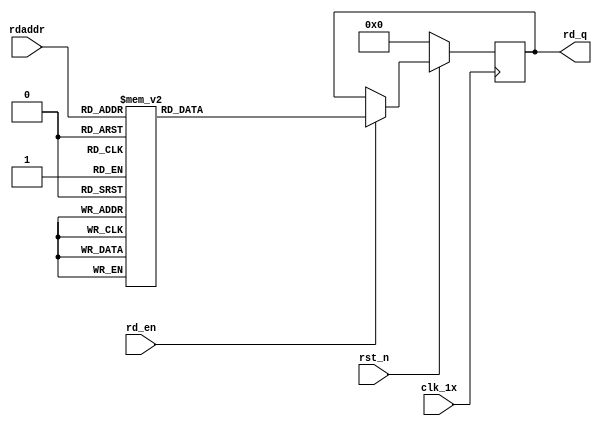

`timescale 1ns / 1ps
module F_normal_t10_next_Rom6(
input	          							clk_1x,
input	          							rst_n,
//////////////////////////////////////////////////////////////
input										rd_en,
input				[4:0]				rdaddr,
output		reg			[159:0]				rd_q
);

always @(posedge clk_1x)begin
	if(~rst_n)begin
		rd_q <= 160'b0;
	end
	else if(rd_en == 1'b1)begin
		case(rdaddr)
			5'h13: rd_q <= 160'b0011100111100001100110100100000101111110001001101110100100010011101010110010101011001101110000110101010101000101011010111001101100011110100001011111011100100001;
			5'h12: rd_q <= 160'b0011111010100000100110111111110110011110010111000111000010011101001101100000010011001011101110011101011111000100111001011010100111111001100100000101010001100110;
			5'h11: rd_q <= 160'b1010010100000000000010101000110001011111011000101000101110110101101100001110110011000100011001100111110010000001000100110110011100001011000100110101111100110011;
			5'h10: rd_q <= 160'b1101101110011100100010000001110011011101111001011000001010011110111000111011011110010010110001000111110000011011101111101110110110000001010011101101110011101010;
			5'h0f: rd_q <= 160'b1011100000000110101101100000010100111010001100111100111111011001100010010010110111000101111000100000011001111001111000010101100110111111010001110001101101111011;
			5'h0e: rd_q <= 160'b0111100011010100100010010010101101101100011110010011001001101111110000110101000001101011111000111101000100010010110000100110110000011110011101010000000000101001;
			5'h0d: rd_q <= 160'b1101100101100111110001111110101100001100110101011000101100001000111001101100011110000110000100101010001001010101000111000110110001110100100001110111100000010101;
			5'h0c: rd_q <= 160'b0011101000001101001010110100100011011000001010001010011110100000100100110100111001110110000000001011000111110101100101110111111111110011010000111101001110101001;
			5'h0b: rd_q <= 160'b0101000010000011110000110101010011101111101001010101000101101010111010010111110110000110010110011011100111111001101011110000011011010000010110101110011011000000;
			5'h0a: rd_q <= 160'b1100110100100101001100000101000000010100010010010110101101011101010010100111011001101100111110111101110100010011100001111000111101101010011110001010011011100011;
			5'h09: rd_q <= 160'b1100101011000000011101101000010110110001101101100011100000000000111100110101000001001011101001100011111010100011101001101111111010011111110010011010001000010011;
			5'h08: rd_q <= 160'b0111000000111100001000100011101000110100111111101111111100100111011001100010010010110111100010001111101010100110110111010110100001000010001001101000010000010000;
			5'h07: rd_q <= 160'b1101110000110001010101000001001011001010100010101010000110001101111111111110010001110110000000001101001101001001010100100111101011110010000011001100111110000001;
			5'h06: rd_q <= 160'b0001110000101100111111000111010010101101110110011111111000101000010110000110101010000010100101111010101001110001111111001001111111110101101100001111011101011111;
			5'h05: rd_q <= 160'b1010000001111100111111011011100100000001010101101010001101110011010101000000010000101110111000010100100011001011010111000111011110111111110010001001101110000000;
			5'h04: rd_q <= 160'b1000100100000110101000011110000000111001110001011101110101010100101100111011111000011010011110000001100110000100100111110110001111000000100011110110000010011101;
			5'h03: rd_q <= 160'b0101010001111101111111100011011010101011010000101001100001001111101000110101101000100110110001110111011010010111101111001010111100110001110100001010111100110011;
			5'h02: rd_q <= 160'b1101101101101101111101011110100001100111000100011010001010001101000110011010010000100100001001101101110100010001101010000100001001001001011101000001111100011010;
			5'h01: rd_q <= 160'b0000001011111101111101101000000110011110011001000000001110001101010100100001101000001100010111010111110100111110001000001111100010111100100101011011011010111111;
			5'h00: rd_q <= 160'b1100011011011000111101010111101001010100001101100111100110001000111000010100000111010110110100010100000001001001001011001011101111101110110101011100000011000011;
		default:rd_q <= 160'b0;
		endcase
	end
end

endmodule